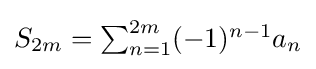
{\textstyle S_{2m}=\sum _{n=1}^{2m}(-1)^{n-1}a_{n}}